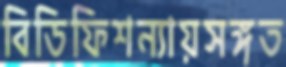
বিডিফিশন্যায়সঙ্গত